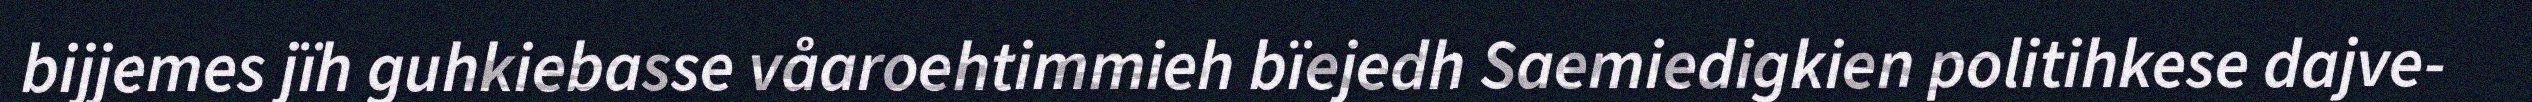
bijjemes jïh guhkiebasse våaroehtimmieh bïejedh Saemiedigkien politihkese dajve-